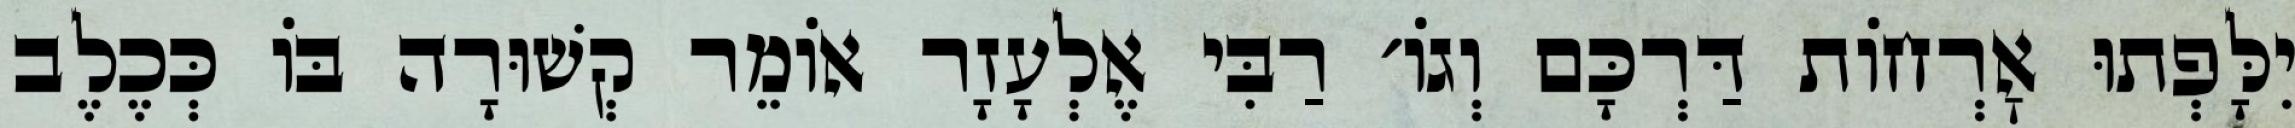
יִלָּפְתוּ אׇרְחוֹת דַּרְכָּם וְגוֹ׳ רַבִּי אֶלְעָזָר אוֹמֵר קְשׁוּרָה בּוֹ כְּכֶלֶב